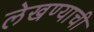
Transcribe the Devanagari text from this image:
लेखण्याची